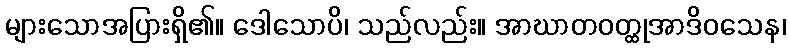
များသောအပြားရှိ၏။ ဒေါသောပိ၊ သည်လည်း။ အာဃာတဝတ္ထုအာဒိဝသေန၊